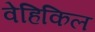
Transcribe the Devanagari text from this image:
वेहिकिल